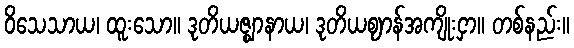
ဝိသေသာယ၊ ထူးသော။ ဒုတိယဇ္ဈာနာယ၊ ဒုတိယဈာန်အကျိုးငှာ။ တစ်နည်း။